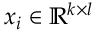
x _ { i } \in \mathbb { R } ^ { k \times l }